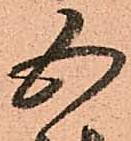
五